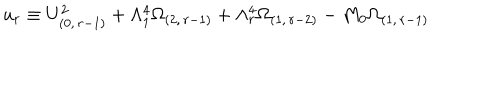
u _ { r } \equiv U _ { ( 0 , \, r - 1 ) } ^ { 2 } + \Lambda _ { 1 } ^ { 4 } \Omega _ { ( 2 , \, r - 1 ) } + \Lambda _ { r } ^ { 4 } \Omega _ { ( 1 , \, r - 2 ) } - M _ { 0 } \Omega _ { ( 1 , \, r - 1 ) }